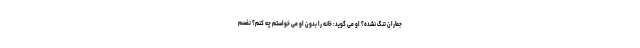
جماران تنگ نشده؟ او می گوید: خانه را بدون او می خواستم چه کنم؟ نفسم